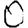
Digit: 0